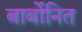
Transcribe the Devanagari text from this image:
बार्बोनित